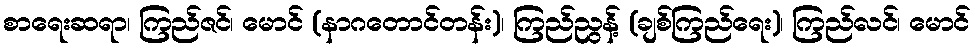
စာရေးဆရာ၊ ကြည်ဇင်၊ မောင် (နာဂတောင်တန်း)၊ ကြည်ညွန့် (ချစ်ကြည်ရေး)၊ ကြည်လင်၊ မောင်